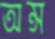
অন্স